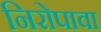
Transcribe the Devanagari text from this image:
निरोपावा